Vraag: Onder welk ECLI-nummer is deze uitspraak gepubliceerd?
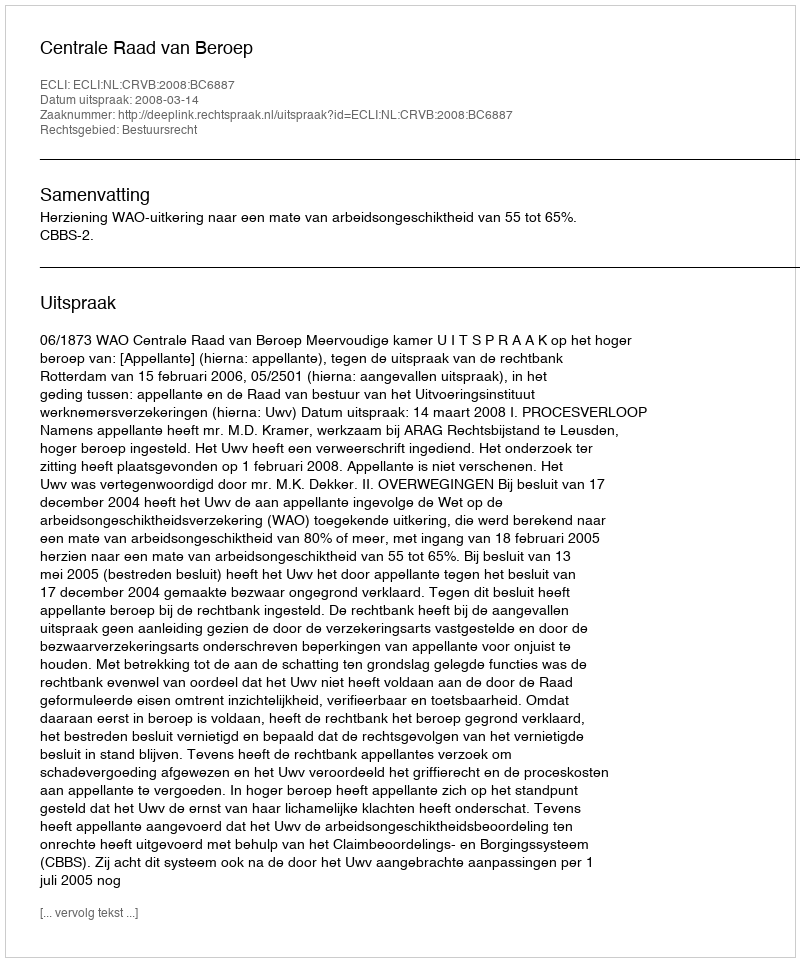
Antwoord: ECLI:NL:CRVB:2008:BC6887